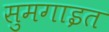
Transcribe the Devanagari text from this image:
सुमगाइत